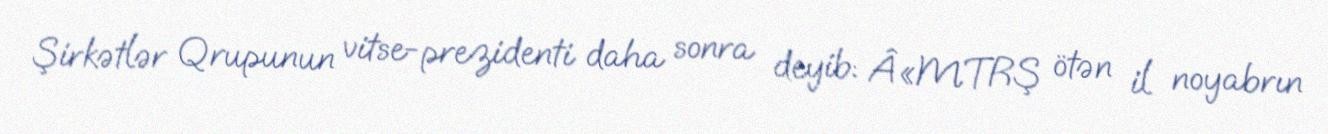
Şirkətlər Qrupunun vitse-prezidenti daha sonra deyib: Â«MTRŞ ötən il noyabrın